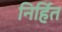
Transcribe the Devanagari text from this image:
निर्हित